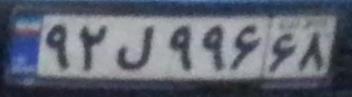
۹۲ل۹۹۶۶۸